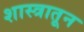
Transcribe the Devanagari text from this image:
शास्त्रातून